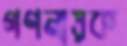
গণনায়ক